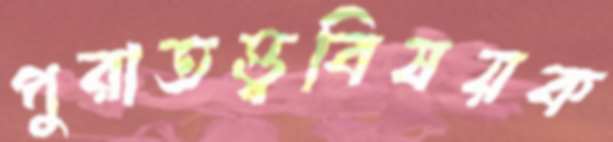
পুরাতত্ত্ববিষয়ক